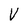
Character: V